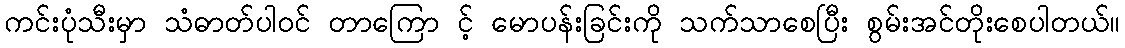
ကင်းပုံသီးမှာ သံဓာတ်ပါဝင် တာကြော င့် မောပန်းခြင်းကို သက်သာစေပြီး စွမ်းအင်တိုးစေပါတယ်။